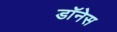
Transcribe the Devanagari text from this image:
डॉनेस